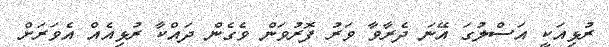
ރުޅިއަކީ އަސްލުގަ އޭނަ ދެރާވާ ވަރު ފޮރުވަން ވެގެން ދައްކާ ރުޅިއެއް އެވަރަށް